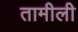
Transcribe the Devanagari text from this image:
तामीली